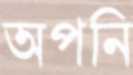
অপনি